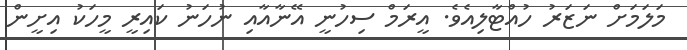
މަލަމަށް ނަޒަރު ހުއްޓާލިއެވެ. އީރަމް ސިހުނީ އޭނާއާއި ނުހަނު ކައިރީ މީހަކު އިށީން